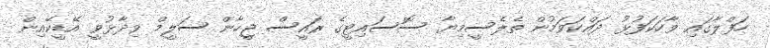
ހަފްލާގައި ވާހަކަފުޅު ދައްކަވަމުން ތެލެސީމިޔާ ސޮސައިޓީގެ ރައީސް ޖީހާން ސަލީމް ވިދާޅުވީ އޭޑީކޭއިން